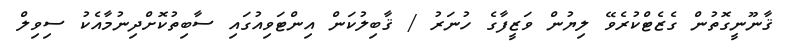
ޤާނޫނީގޮތުން ގެޒެޓްކުރެވޭ ލިޔުން ވަޒީފާގެ ހުނަރު / ޤާބިލުކަން އިންޓަވިއުގައި ސާބިތުކޮށްދިނުމާއެކު ސިވިލް